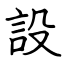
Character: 設